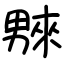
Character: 𤳆